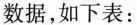
数据，如下表：